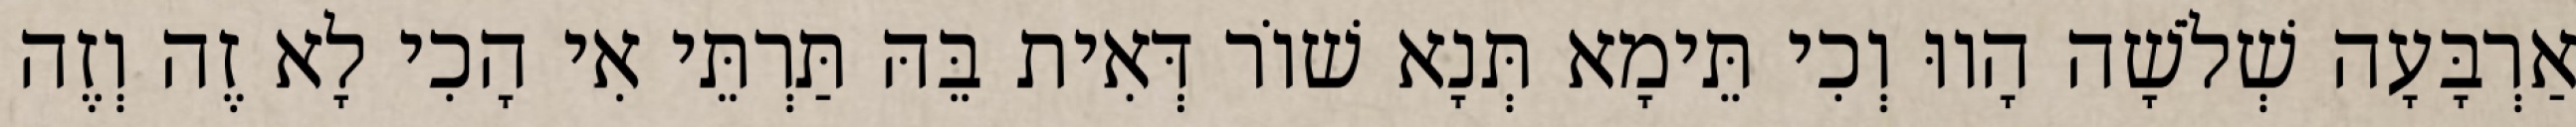
אַרְבָּעָה שְׁלֹשָׁה הָווּ וְכִי תֵּימָא תְּנָא שׁוֹר דְּאִית בֵּהּ תַּרְתֵּי אִי הָכִי לָא זֶה וְזֶה